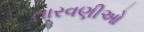
તારવણીઓ